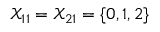
\mathcal { X } _ { 1 1 } = \mathcal { X } _ { 2 1 } = \{ 0 , 1 , 2 \}